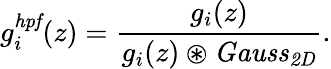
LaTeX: g_{i}^{\mathit{hpf}}(z)=\frac{g_{i}(z)}{g_{i}(z)\circledast\mathit{Gauss}_{\mathit{2D}}}.